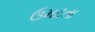
ઉમટતા